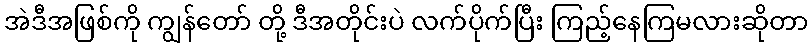
အဲဒီအဖြစ်ကို ကျွန်တော် တို့ ဒီအတိုင်းပဲ လက်ပိုက်ပြီး ကြည့်နေကြမလားဆိုတာ